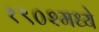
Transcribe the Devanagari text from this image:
१९०२मध्ये